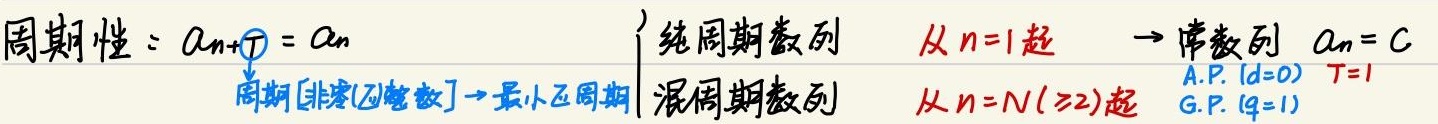
周期性：\(a_{n + T}=a_{n}\)
\[
\begin{cases}
\text{纯周期数列} & \text{从 }n = 1\text{ 起} \to \text{常数列 }a_{n}=C\\
\text{混周期数列} & \text{从 }n = N(\geq2)\text{ 起}
\end{cases}
\]
周期[非零正整数]→最小正周期
A.P. \((d = 0)\)，\(T = 1\)
G.P. \((q = 1)\)